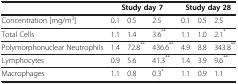
<table><thead><tr><td><b> </b></td><td colspan="3"><b>Study day 7</b></td><td colspan="3"><b>Study day 28</b></td></tr></thead><tbody><tr><td>Concentration [mg/m<sup>3</sup>]</td><td>0.1</td><td>0.5</td><td>2.5</td><td>0.1</td><td>0.5</td><td>2.5</td></tr><tr><td>Total Cells</td><td>1.1</td><td>1.4</td><td>3.6<sup>**</sup></td><td>1.1</td><td>1.0</td><td>2.1<sup>*</sup></td></tr><tr><td>Polymorphonuclear Neutrophils</td><td>1.4</td><td>72.8<sup>**</sup></td><td>436.6<sup>**</sup></td><td>4.9</td><td>8.8</td><td>343.8<sup>**</sup></td></tr><tr><td>Lymphocytes</td><td>0.9</td><td>5.6</td><td>41.3<sup>**</sup></td><td>1.4</td><td>3.9</td><td>9.6<sup>**</sup></td></tr><tr><td>Macrophages</td><td>1.1</td><td>0.8</td><td>0.3<sup>*</sup></td><td>1.1</td><td>0.9</td><td>1.1</td></tr></tbody></table>